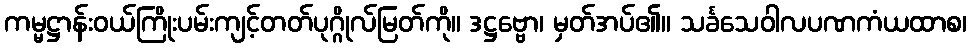
ကမ္မဋ္ဌာန်းဝယ်ကြိုးပမ်းကျင့်တတ်ပုဂ္ဂိုလ်မြတ်ကို။ ဒဋ္ဌဗ္ဗော၊ မှတ်အပ်၏။ သင်္ခသေဝါလပဏကံယထာစ၊